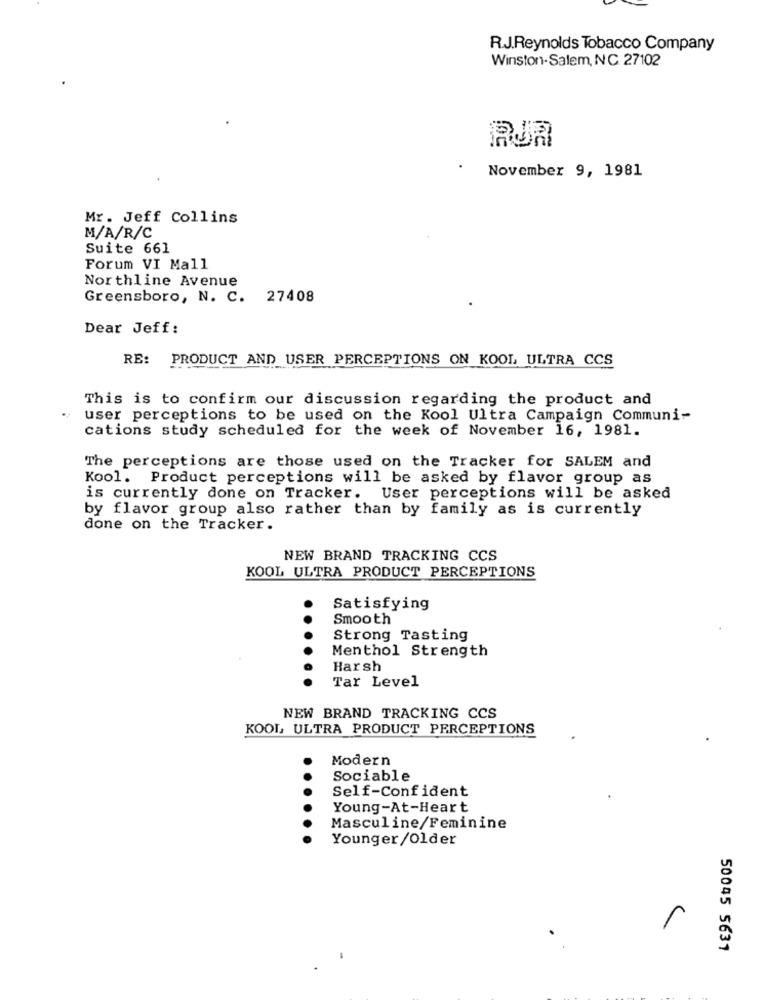
R.J.Reynolds Tobacco Company
Winston-Salem, NC 27102
PUR
November 9, 1981
Mr. Jeff Collins
M/A/R/C
Suite 661
Forum VI Mall
Northline Avenue
Greensboro, N. C. 27408
Dear Jeff:
RE:
PRODUCT AND USER PERCEPTIONS ON KOOL ULTRA CCS
This is to confirm our discussion regarding the product and
user perceptions to be used on the Kool Ultra Campaign Communi-
cations study scheduled for the week of November 16, 1981.
The perceptions are those used on the Tracker for SALEM and
Kool. Product perceptions will be asked by flavor group as
is currently done on Tracker. User perceptions will be asked
by flavor group also rather than by family as is currently
done on the Tracker.
NEW BRAND TRACKING CCS
KOOL ULTRA PRODUCT PERCEPTIONS
Satisfying
Smooth
Strong Tasting
Menthol Strength
Harsh
Tar Level
NEW BRAND TRACKING CCS
KOOL ULTRA PRODUCT PERCEPTIONS
Modern
Sociable
Self-Confident
Young-At-Heart
Masculine/Feminine
Younger/Older
50045 5631